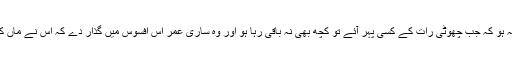
تب اسے خیال آیا کہ ایسا نہ ہو کہ جب چھوٹی رات کے کسی پہر آئے تو کچھ بھی نہ باقی رہا ہو اور وہ ساری عمر اس افسوس میں گذار دے کہ اس نے ماں کو اکیلا کیوں چھوڑ دیا تھا۔